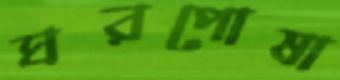
ঘরপোষা